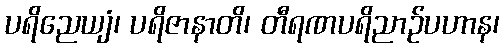
ပရိညေယျံ၊ ပရိဇာနာတိ၊ တီရဏပရိညာဉ်ပဟာန၊